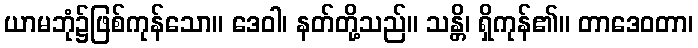
ယာမဘုံ၌ဖြစ်ကုန်သော။ ဒေဝါ၊ နတ်တို့သည်။ သန္တိ၊ ရှိကုန်၏။ တာဒေဝတာ၊